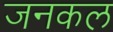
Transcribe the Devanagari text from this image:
जनकल